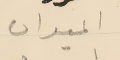
الميدان